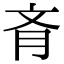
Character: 𦙟